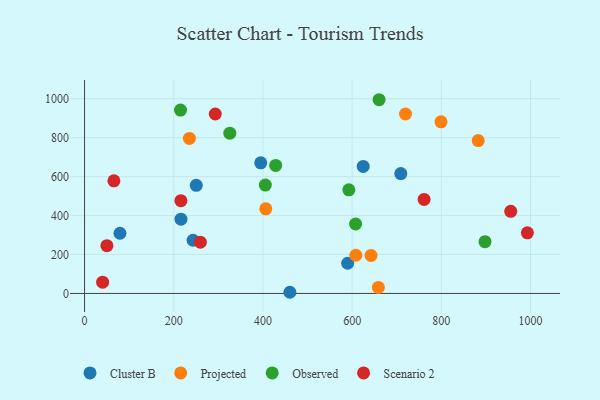
{"axis": {"x": "Study Hours", "y": "Yield"}, "legend": ["Cluster B", "Observed", "Projected", "Scenario 2"], "data": [{"x": "624.8", "y": 652.3, "type": "Cluster B"}, {"x": "395.0", "y": 671.0, "type": "Cluster B"}, {"x": "460.4", "y": 6.1, "type": "Cluster B"}, {"x": "589.9", "y": 155.1, "type": "Cluster B"}, {"x": "79.4", "y": 309.1, "type": "Cluster B"}, {"x": "243.3", "y": 273.2, "type": "Cluster B"}, {"x": "216.2", "y": 381.5, "type": "Cluster B"}, {"x": "250.5", "y": 555.3, "type": "Cluster B"}, {"x": "709.1", "y": 615.6, "type": "Cluster B"}, {"x": "719.6", "y": 921.6, "type": "Projected"}, {"x": "406.3", "y": 434.4, "type": "Projected"}, {"x": "235.1", "y": 796.0, "type": "Projected"}, {"x": "608.3", "y": 196.1, "type": "Projected"}, {"x": "882.7", "y": 785.2, "type": "Projected"}, {"x": "799.2", "y": 881.1, "type": "Projected"}, {"x": "658.8", "y": 31.2, "type": "Projected"}, {"x": "642.3", "y": 195.5, "type": "Projected"}, {"x": "607.6", "y": 356.6, "type": "Observed"}, {"x": "325.7", "y": 822.9, "type": "Observed"}, {"x": "660.4", "y": 994.8, "type": "Observed"}, {"x": "592.6", "y": 532.0, "type": "Observed"}, {"x": "897.9", "y": 265.9, "type": "Observed"}, {"x": "405.3", "y": 556.8, "type": "Observed"}, {"x": "428.5", "y": 657.7, "type": "Observed"}, {"x": "215.1", "y": 941.5, "type": "Observed"}, {"x": "259.6", "y": 263.5, "type": "Scenario 2"}, {"x": "50.1", "y": 245.4, "type": "Scenario 2"}, {"x": "65.8", "y": 578.5, "type": "Scenario 2"}, {"x": "216.0", "y": 476.2, "type": "Scenario 2"}, {"x": "293.1", "y": 921.5, "type": "Scenario 2"}, {"x": "40.5", "y": 57.9, "type": "Scenario 2"}, {"x": "955.6", "y": 421.8, "type": "Scenario 2"}, {"x": "761.3", "y": 483.0, "type": "Scenario 2"}, {"x": "992.9", "y": 311.3, "type": "Scenario 2"}]}